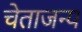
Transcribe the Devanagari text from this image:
चेताजन्य